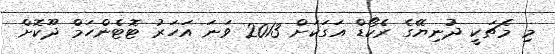
މި މެޗަކީ ދުނިޔޭގެ ރެކޯޑް އަގަކަށް 2013 ވަނަ އަހަރު ޓޮޓެންހަމް ދޫކޮށް